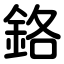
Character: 鉻